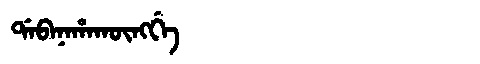
Manchu: ᡩᠠᠪᠠᠨᠠᡥᠠᡴᡡᠩᡤᡝ
Romanization: DABANAHAKŪNGGE